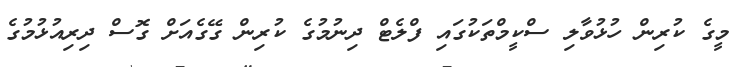
މީގެ ކުރިން ހުޅުވާލި ސްކީމްތަކުގައި ފްލެޓް ދިނުމުގެ ކުރިން ގޭގެއަށް ގޮސް ދިރިއުޅުމުގެ